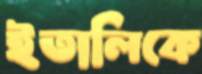
ইতালিকে